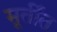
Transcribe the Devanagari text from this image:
मूर्तींत